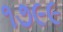
૧૭૯૯